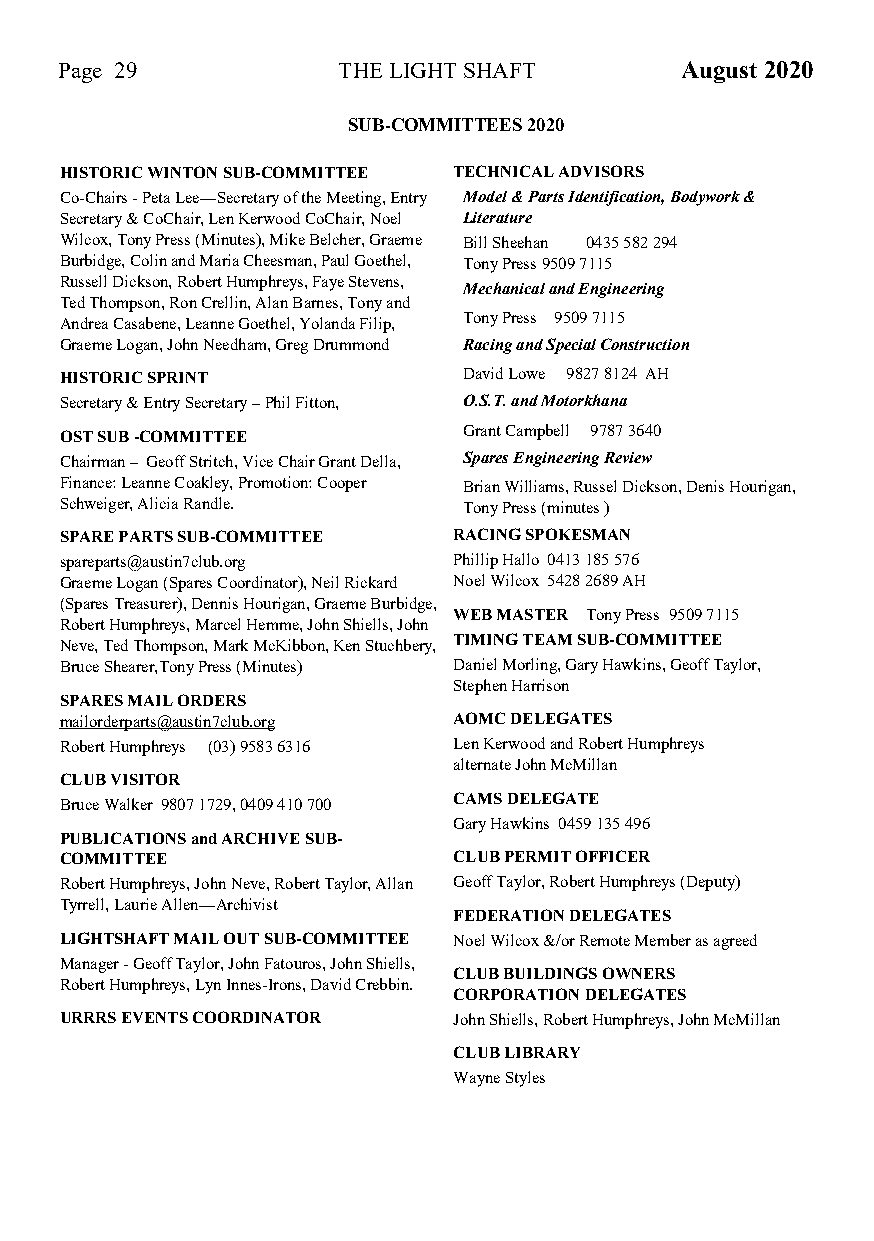
Page 29           THE LIGHT SHAFT        August 2020
 SUB-COMMITTEES 2020
 HISTORIC WINTON SUB-COMMITTEE TECHNICAL ADVISORS
 Co-Chairs - Peta Lee—Secretary of the Meeting, Entry Model & Parts Identification, Bodywork &
 Secretary & CoChair, Len Kerwood CoChair, Noel Literature
 Wilcox, Tony Press (Minutes), Mike Belcher, Graeme Bill Sheehan 0435 582 294
 Burbidge, Colin and Maria Cheesman, Paul Goethel, Tony Press 9509 7115
 Russell Dickson, Robert Humphreys, Faye Stevens,
 Mechanical and Engineering
 Ted Thompson, Ron Crellin, Alan Barnes, Tony and
 Andrea Casabene, Leanne Goethel, Yolanda Filip, Tony Press 9509 7115
 Graeme Logan, John Needham, Greg Drummond Racing and Special Construction
 HISTORIC SPRINT            David Lowe 9827 8124 AH
 Secretary & Entry Secretary – Phil Fitton, O.S.T. and Motorkhana
 OST SUB -COMMITTEE         Grant Campbell 9787 3640
 Chairman – Geoff Stritch, Vice Chair Grant Della, Spares Engineering Review
 Finance: Leanne Coakley, Promotion: Cooper Brian Williams, Russel Dickson, Denis Hourigan,
 Schweiger, Alicia Randle.  Tony Press (minutes )
 SPARE PARTS SUB-COMMITTEE RACING SPOKESMAN
 spareparts@austin7club.org Phillip Hallo 0413 185 576
 Graeme Logan (Spares Coordinator), Neil Rickard Noel Wilcox 5428 2689 AH
 (Spares Treasurer), Dennis Hourigan, Graeme Burbidge,
 WEB MASTER Tony Press 9509 7115
 Robert Humphreys, Marcel Hemme, John Shiells, John
 TIMING TEAM SUB-COMMITTEE
 Neve, Ted Thompson, Mark McKibbon, Ken Stuchbery,
 Bruce Shearer,Tony Press (Minutes) Daniel Morling, Gary Hawkins, Geoff Taylor,
 Stephen Harrison
 SPARES MAIL ORDERS
 mailorderparts@austin7club.org AOMC DELEGATES
 Robert Humphreys (03) 9583 6316 Len Kerwood and Robert Humphreys
 alternate John McMillan
 CLUB VISITOR
 CAMS DELEGATE
 Bruce Walker 9807 1729, 0409 410 700
 Gary Hawkins 0459 135 496
 PUBLICATIONS and ARCHIVE SUB-
 COMMITTEE                 CLUB PERMIT OFFICER
 Robert Humphreys, John Neve, Robert Taylor, Allan Geoff Taylor, Robert Humphreys (Deputy)
 Tyrrell, Laurie Allen—Archivist
 FEDERATION DELEGATES
 LIGHTSHAFT MAIL OUT SUB-COMMITTEE Noel Wilcox &/or Remote Member as agreed
 Manager - Geoff Taylor, John Fatouros, John Shiells,
 CLUB BUILDINGS OWNERS
 Robert Humphreys, Lyn Innes-Irons, David Crebbin.
 CORPORATION DELEGATES
 URRRS EVENTS COORDINATOR  John Shiells, Robert Humphreys, John McMillan
 CLUB LIBRARY
 Wayne Styles